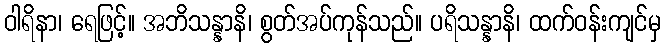
ဝါရိနာ၊ ရေဖြင့်။ အဘိသန္နာနိ၊ စွတ်အပ်ကုန်သည်။ ပရိသန္နာနိ၊ ထက်ဝန်းကျင်မှ